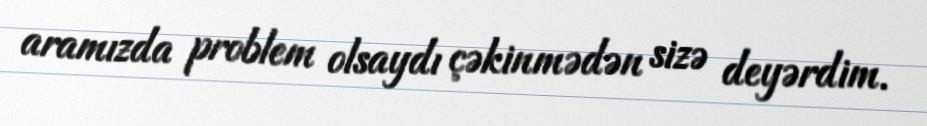
aramızda problem olsaydı çəkinmədən sizə deyərdim.